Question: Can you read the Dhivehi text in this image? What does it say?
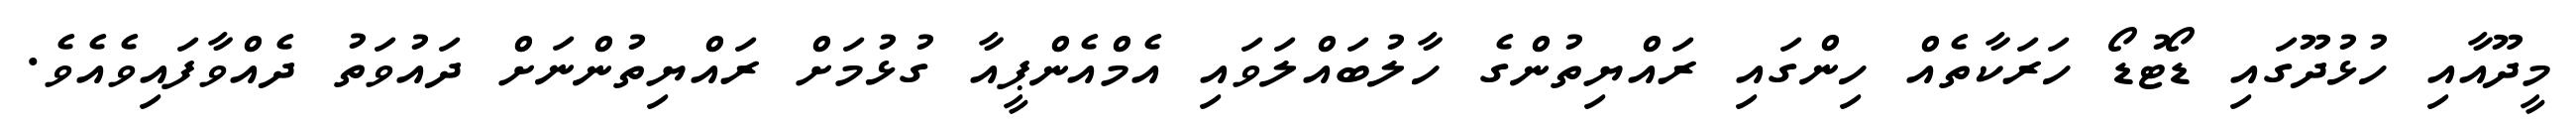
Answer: މީދޫއާއި ހުޅުދޫގައި ޑޯޓުޑޯ ހަރަކާތެއް ހިންގައި ރައްޔިތުންގެ ހާލުބައްލަވައި އެމްއެންޕީއާ ގުޅުމަށް ރައްޔިތުންނަށް ދައުވަތު ދެއްވާފައިވެއެވެ.